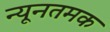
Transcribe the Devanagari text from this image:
न्यूनतमक